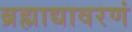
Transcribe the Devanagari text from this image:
ब्रह्माद्यावरणं